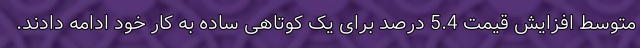
متوسط افزایش قیمت 5.4 درصد برای یک کوتاهی ساده به کار خود ادامه دادند.